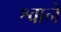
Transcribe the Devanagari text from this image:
श्वाने